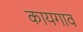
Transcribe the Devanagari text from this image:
कायगाव